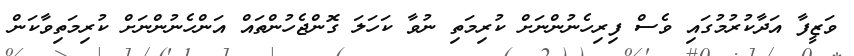
ވަޒީފާ އަދާކުރުމުގައި ވެސް ފިރިހެނުންނަށް ކުރިމަތި ނުވާ ކަހަލަ ގޮންޖެހުންތައް އަންހެނުންނަށް ކުރިމަތިވާކަން